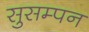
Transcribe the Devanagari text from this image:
सुसम्पन